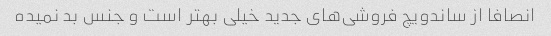
انصافا از ساندویچ فروشی‌های جدید خیلی بهتر است و جنس بد نمیده